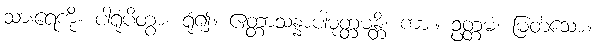
သားရေကို။ ပါရုံပိတွာ၊ ရုံ၍။ ဧတ္တာသန္နာပါမုတ္တမန္တိ၊ ကား။ ဥတ္တမံ၊ မြတ်သော။